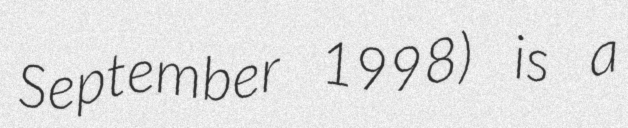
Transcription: September 1998) is a